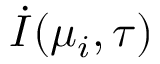
\dot { I } ( \mu _ { i } , \tau )